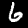
Digit: 6